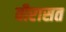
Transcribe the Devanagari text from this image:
वीरासत